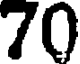
70